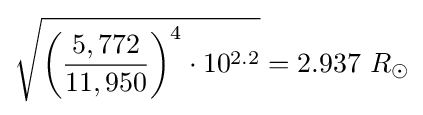
{\sqrt {{\biggl (}{\frac {5,772}{11,950}}{\biggr )}^{4}\cdot 10^{2.2}}}=2.937\ R_{\odot }